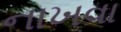
નાખવા